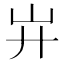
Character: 𢌲